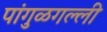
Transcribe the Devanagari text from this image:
पांगुळगल्ली